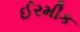
ઈરમીક